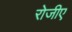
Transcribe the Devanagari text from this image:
रोजीए